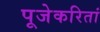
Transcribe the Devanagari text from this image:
पूजेकरितां